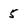
Character: 5